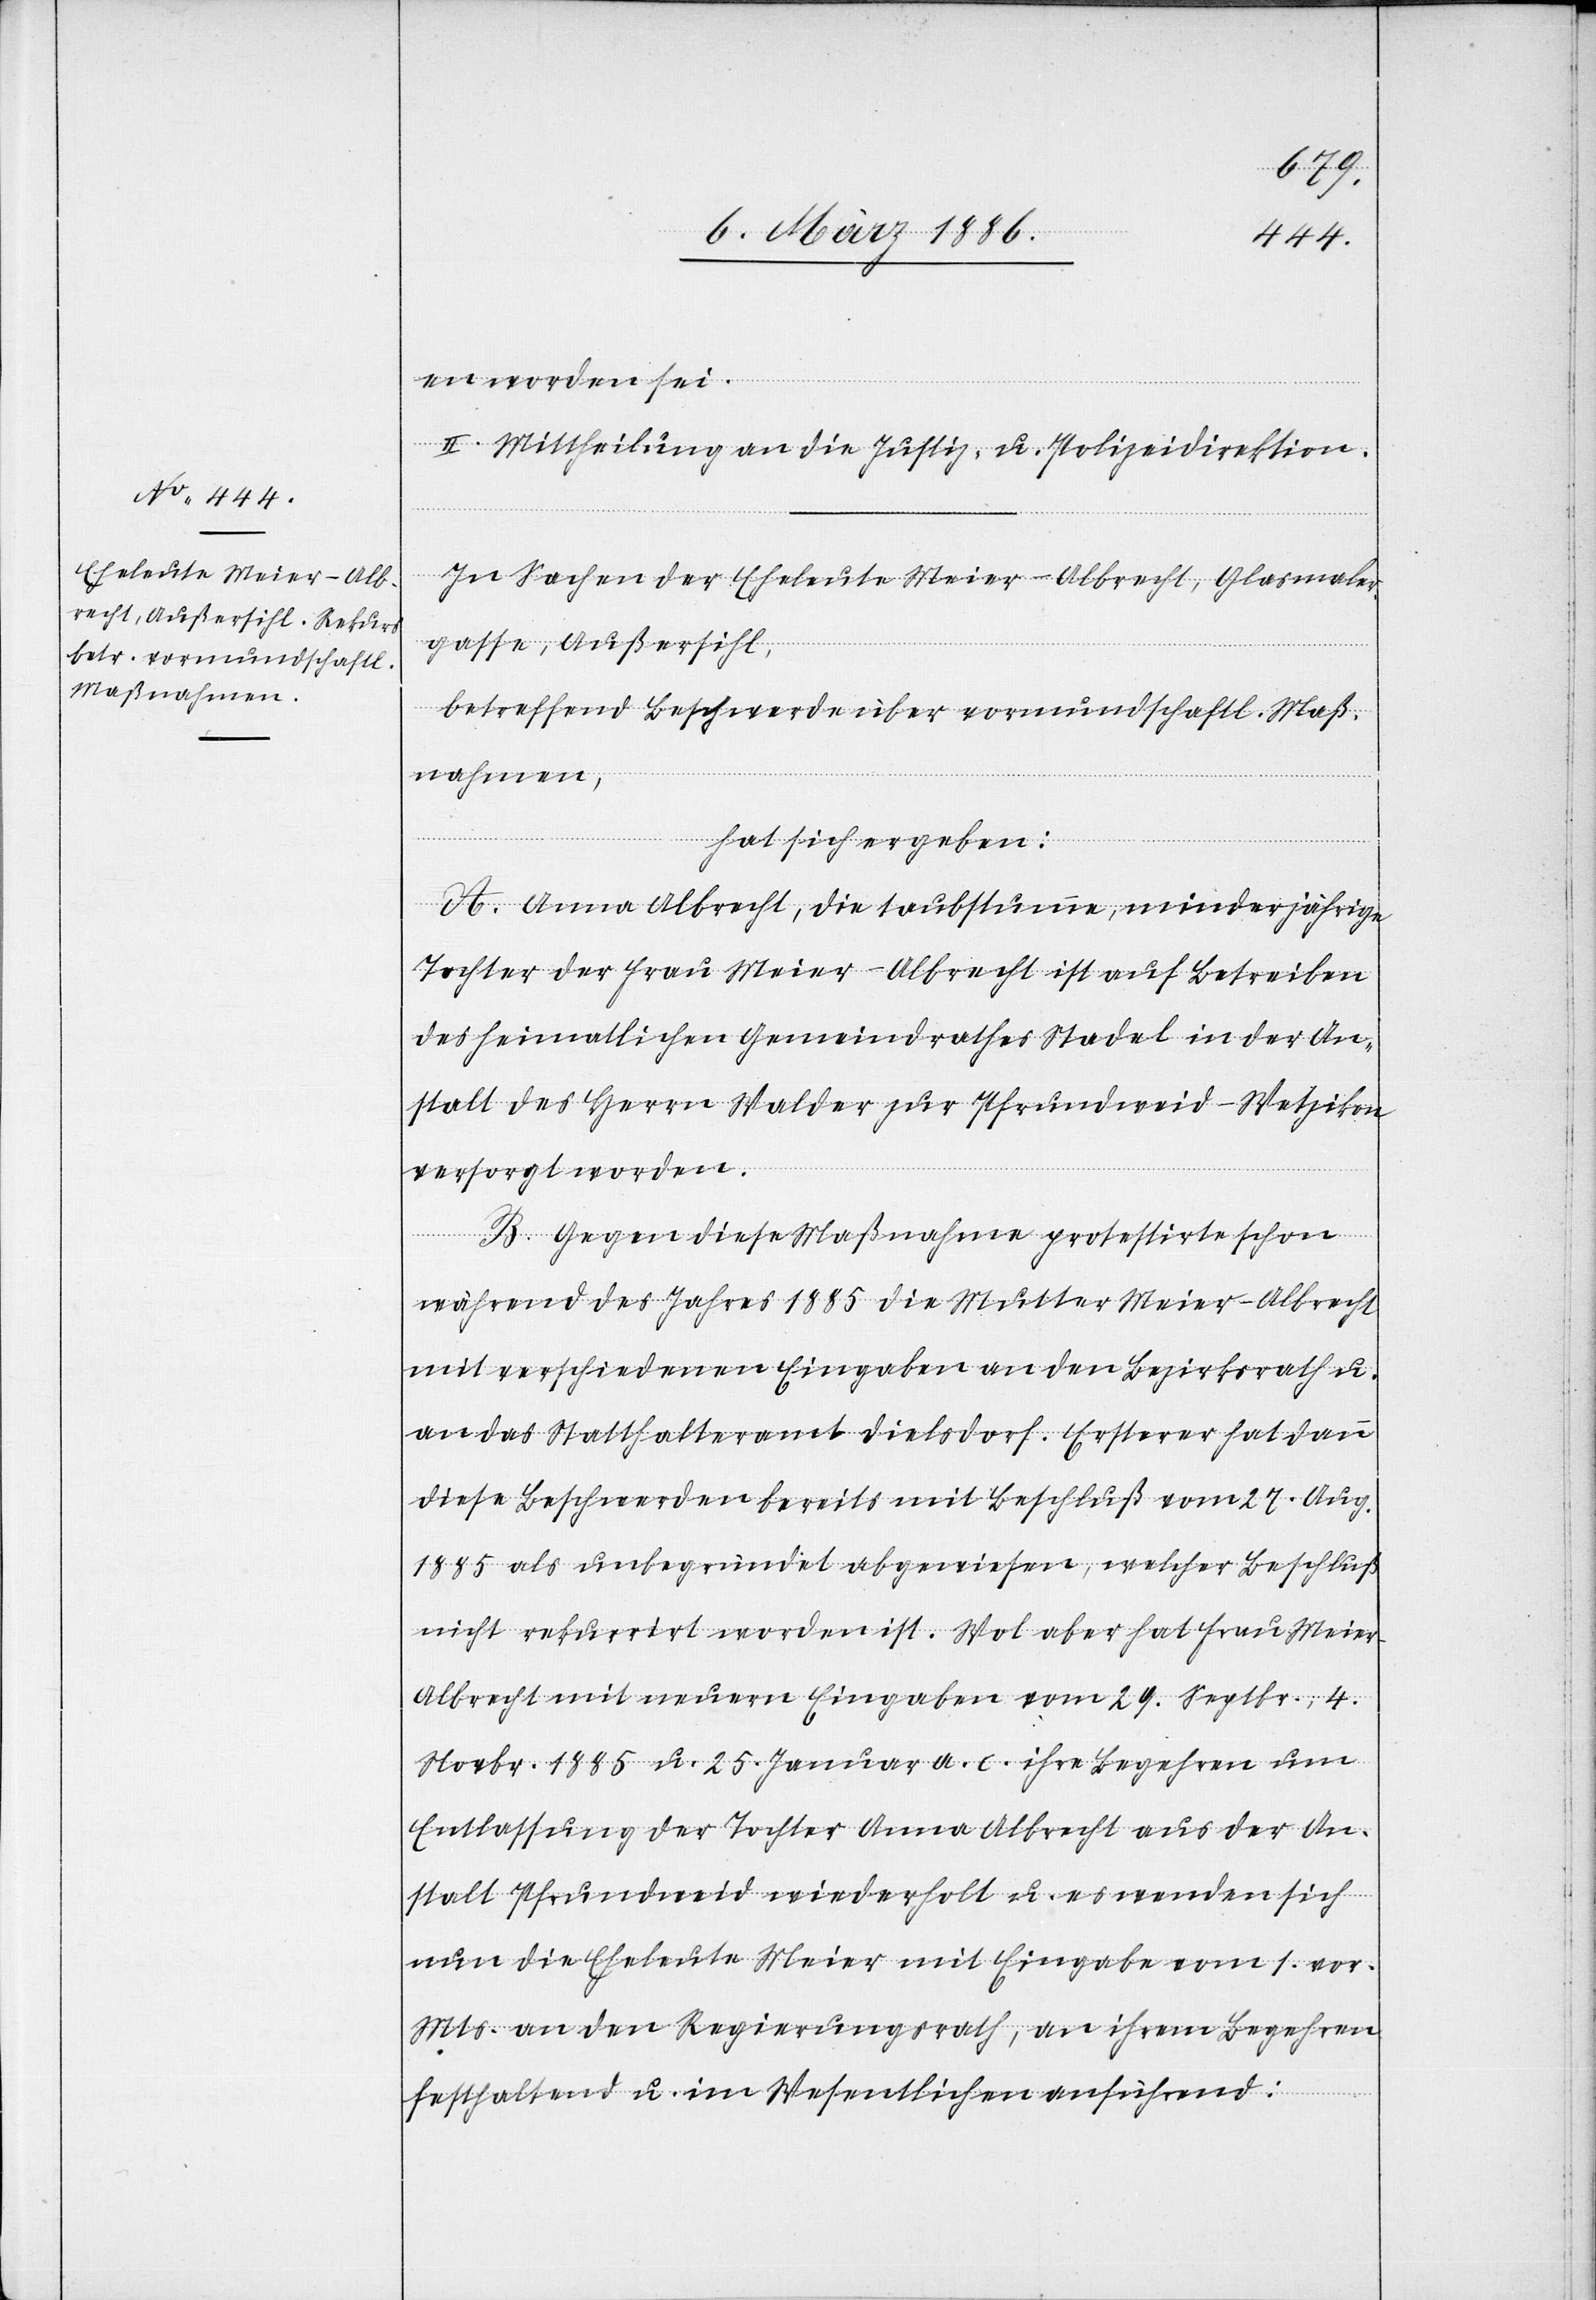
en worden sei.
II. Mittheilung an die Justiz- u. Polizeidirektion.
In Sachen der Eheleute Meier-Albrecht, Glasmaler¬
gasse, Außersihl,
betreffend Beschwerde über vormundschaftl. Maß¬
nahmen,
hat sich ergeben:
A. Anna Albrecht, die taubstumme, minderjährige
Tochter der Frau Meier-Albrecht ist auf Betreiben
des heimatlichen Gemeindrathes Stadel in der An¬
stalt des Herrn Walder zur Pfrundweid - Wetzikon
versorgt worden.
B. Gegen diese Maßnahme protestirte schon
während des Jahres 1885 die Mutter Meier-Albrecht
mit verschiedenen Eingaben an den Bezirksrath u.
an das Statthalteramt Dielsdorf. Ersterer hat dann
diese Beschwerde bereits mit Beschluß vom 27. Aug.
1885 als unbegründet abgewiesen, welcher Beschluß
nicht rekurrirt worden ist. Wol aber hat Frau Meie¬
r-Albrecht mit neuern Eingaben vom 29. Septbr., 4.
Novbr. 1885 u. 25 Januar a. c. ihre Begehren um
Entlassung der Tochter Anna Albrecht aus der An¬
stalt Pfrundweid wiederholt u. es wenden sich
nun die Eheleute Meier mit Eingabe vom 1. vor.
Mts. an den Regierungsrath, an ihrem Begehren
festhaltend u. im Wesentlichen anführend: